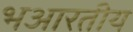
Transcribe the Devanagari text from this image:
भआरतीय